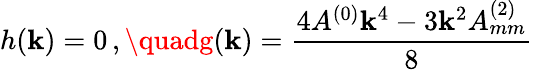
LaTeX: h(\boldsymbol{\mathbf{k}})=0\, ,\quadg(\boldsymbol{\mathbf{k}})=\frac{{4A^{(0)}\mathbf{k}^{4}-3\mathbf{k}^{2}A_{mm}^{(2)}}}{{8}}